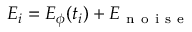
E _ { i } = E _ { \phi } ( t _ { i } ) + E _ { \mathrm { ~ n ~ o ~ i ~ s ~ e ~ } }